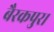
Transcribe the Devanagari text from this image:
बैरकपुर।